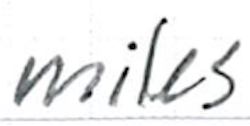
Text: miles
Cross-out: clean
Writing tool: ballpoint